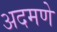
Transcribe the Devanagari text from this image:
अदमणे